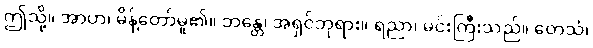
ဤသို့။ အာဟ၊ မိန့်တော်မူ၏။ ဘန္တေ၊ အရှင်ဘုရား။ ရညာ၊ မင်းကြီးသည်။ တေသံ၊